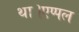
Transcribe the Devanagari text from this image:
था।एप्पल